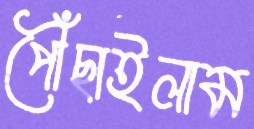
পৌঁছাইলাম